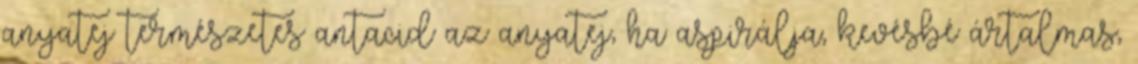
anyatej természetes antacid az anyatej, ha aspirálja, kevésbé ártalmas,